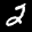
Label: 2